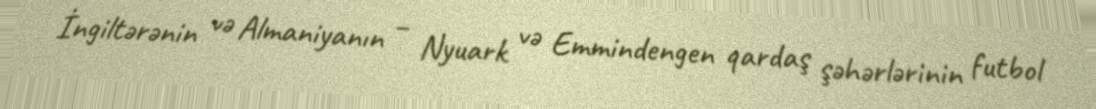
İngiltərənin və Almaniyanın – Nyuark və Emmindengen qardaş şəhərlərinin futbol